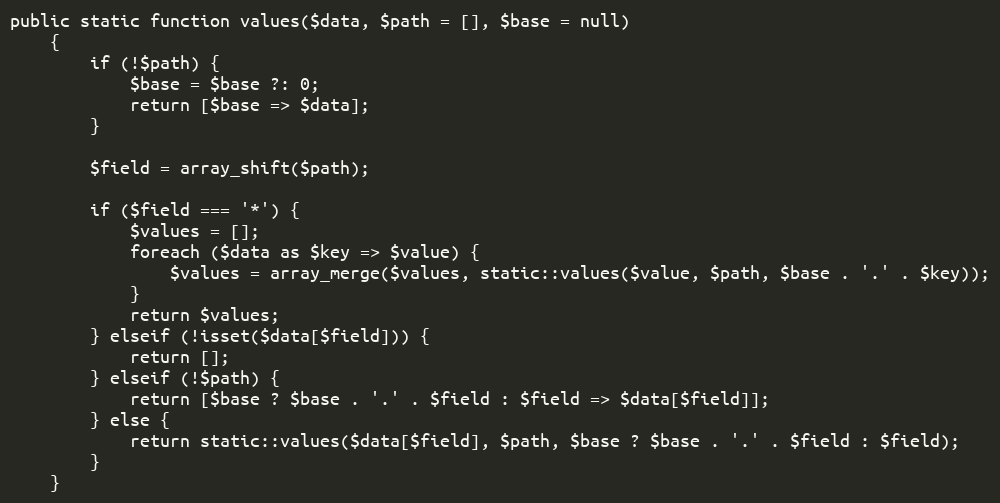
Language: PHP
public static function values($data, $path = [], $base = null)
    {
        if (!$path) {
            $base = $base ?: 0;
            return [$base => $data];
        }

        $field = array_shift($path);

        if ($field === '*') {
            $values = [];
            foreach ($data as $key => $value) {
                $values = array_merge($values, static::values($value, $path, $base . '.' . $key));
            }
            return $values;
        } elseif (!isset($data[$field])) {
            return [];
        } elseif (!$path) {
            return [$base ? $base . '.' . $field : $field => $data[$field]];
        } else {
            return static::values($data[$field], $path, $base ? $base . '.' . $field : $field);
        }
    }